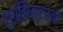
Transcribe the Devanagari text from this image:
ट्रांझिस्टरचा